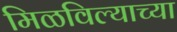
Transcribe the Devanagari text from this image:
मिळविल्याच्या